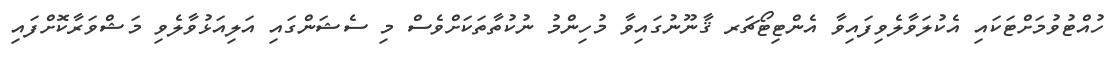
ހުއްޓުވުމަށްޓަކައި އެކުލަވާލެވިފައިވާ އެންޓިޓޯޗަރ ޤާނޫނުގައިވާ މުހިންމު ނުކުތާތަކަށްވެސް މި ސެޝަންގައި އަލިއަޅުވާލެވި މަޝްވަރާކޮށްފައި